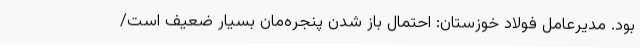
بود. مدیرعامل فولاد خوزستان: احتمال باز شدن پنجره‌مان بسیار ضعیف است/